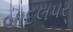
બાદલપર